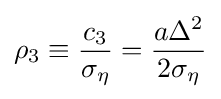
\rho _{3}\equiv {\frac {c_{3}}{\sigma _{\eta }}}={\frac {a\Delta ^{2}}{2\sigma _{\eta }}}